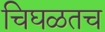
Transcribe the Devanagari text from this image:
चिघळतच